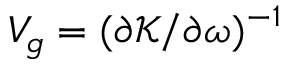
V _ { g } = ( \partial \mathcal { K } / \partial \omega ) ^ { - 1 }